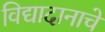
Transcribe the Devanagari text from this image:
विद्यादानाचे